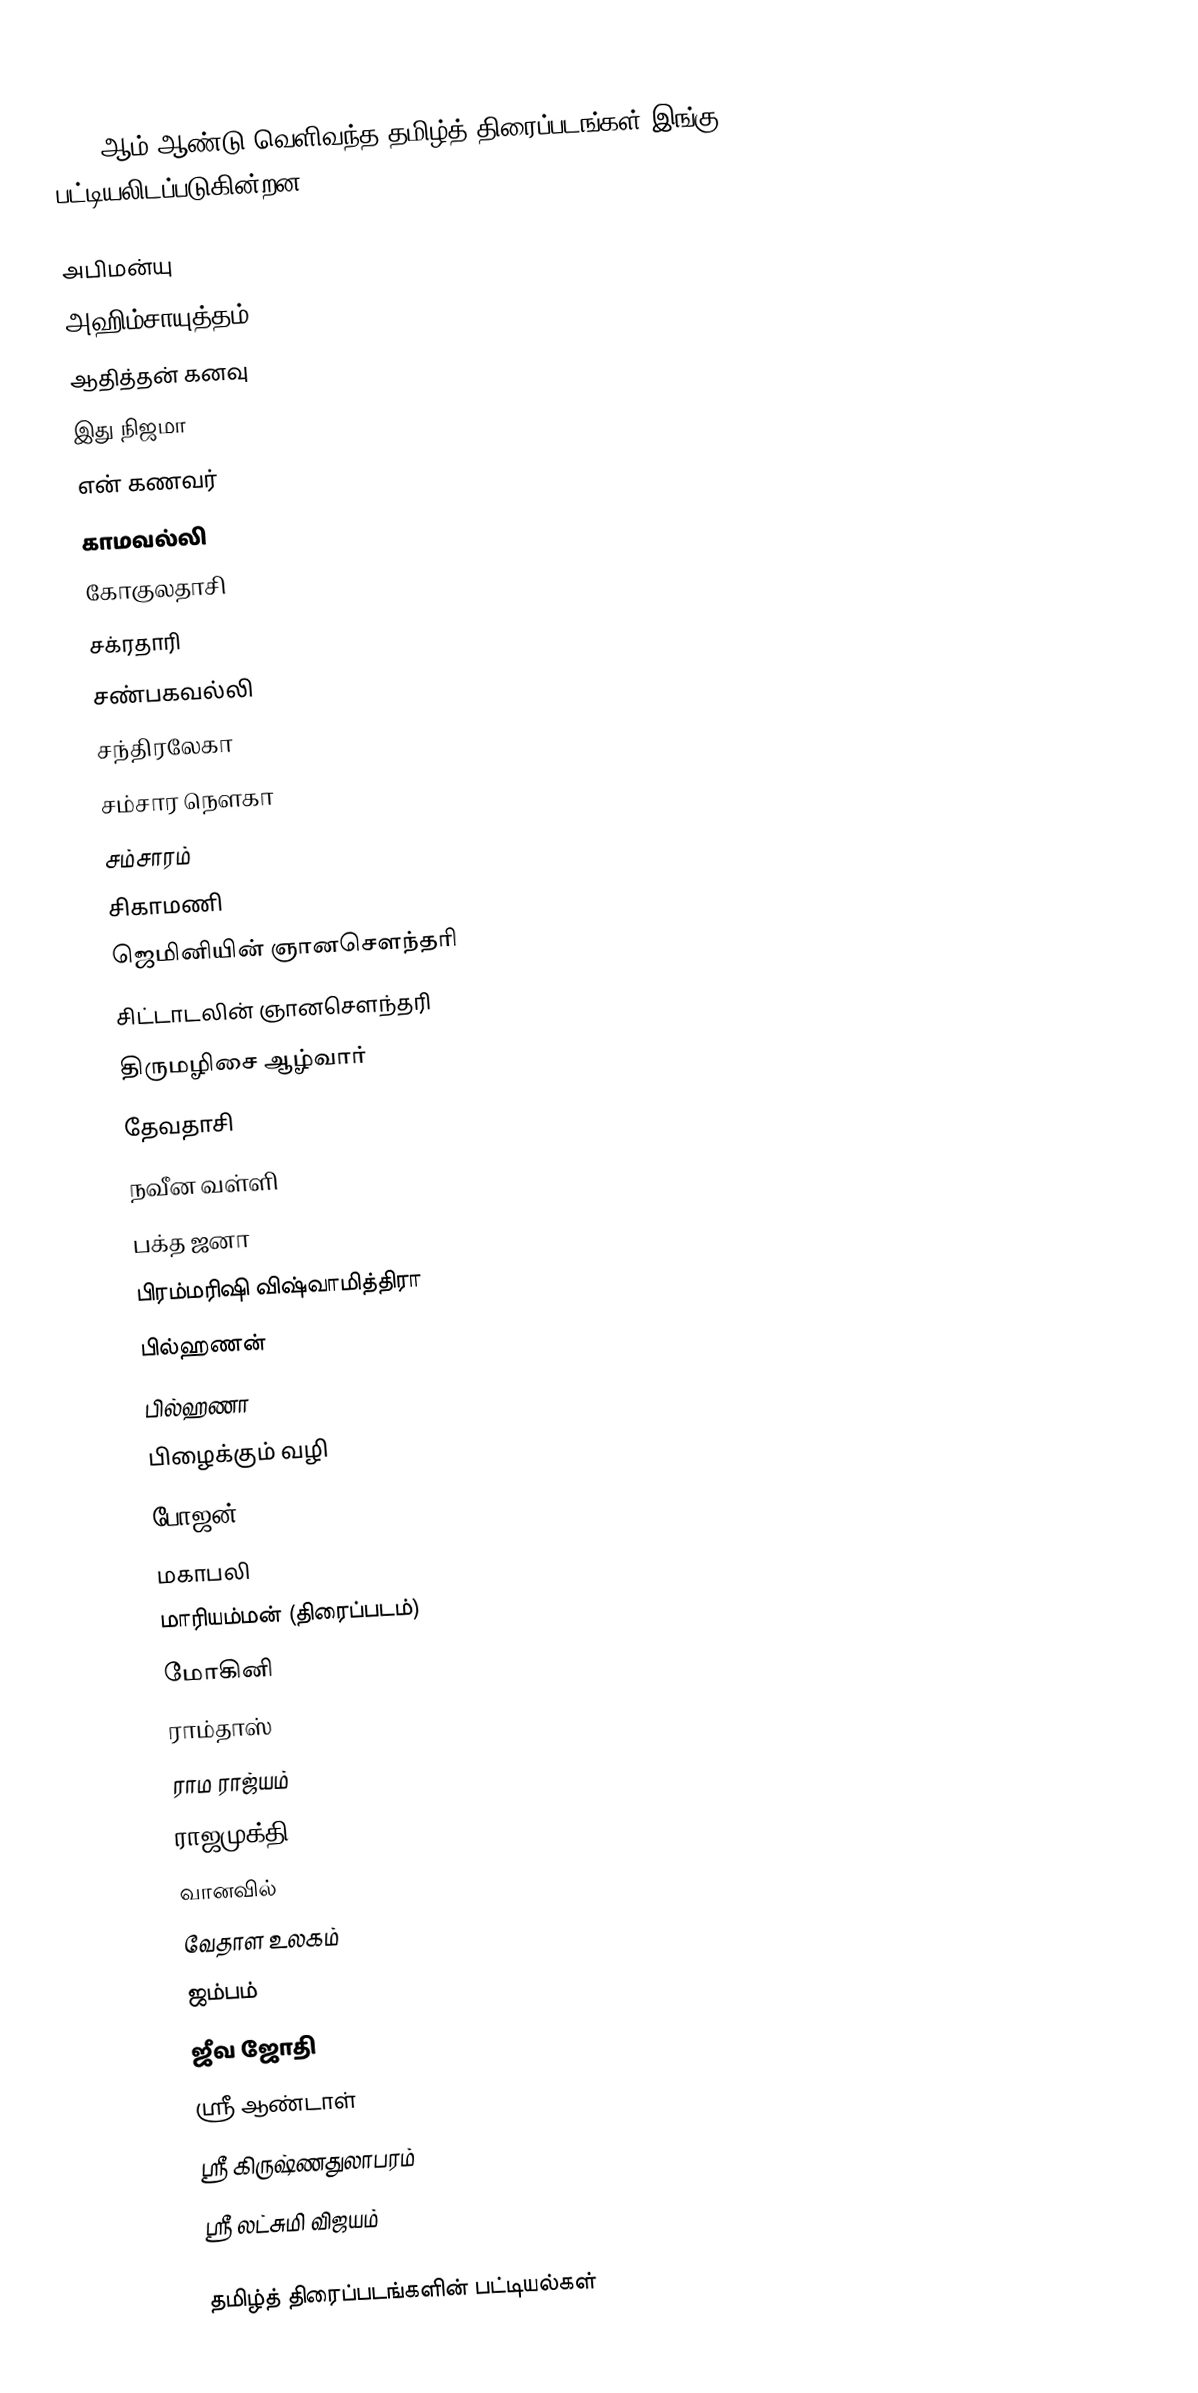
1948 ஆம் ஆண்டு வெளிவந்த தமிழ்த் திரைப்படங்கள் இங்கு பட்டியலிடப்படுகின்றன.

 அபிமன்யு
 அஹிம்சாயுத்தம்
 ஆதித்தன் கனவு
 இது நிஜமா
 என் கணவர்
 காமவல்லி
 கோகுலதாசி
 சக்ரதாரி
 சண்பகவல்லி
 சந்திரலேகா
 சம்சார நௌகா
 சம்சாரம்
 சிகாமணி
 ஜெமினியின் ஞானசௌந்தரி
 சிட்டாடலின் ஞானசௌந்தரி
 திருமழிசை ஆழ்வார்
 தேவதாசி
 நவீன வள்ளி
 பக்த ஜனா
 பிரம்மரிஷி விஷ்வாமித்திரா
 பில்ஹணன்
 பில்ஹணா
 பிழைக்கும் வழி
 போஜன்
 மகாபலி
 மாரியம்மன் (திரைப்படம்)
 மோகினி
 ராம்தாஸ்
 ராம ராஜ்யம்
 ராஜமுக்தி
 வானவில்
 வேதாள உலகம்
 ஜம்பம்
 ஜீவ ஜோதி
 ஸ்ரீ ஆண்டாள்
 ஸ்ரீ கிருஷ்ணதுலாபரம்
 ஸ்ரீ லட்சுமி விஜயம்

தமிழ்த் திரைப்படங்களின் பட்டியல்கள்